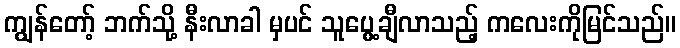
ကျွန်တော့် ဘက်သို့ နီးလာခါ မှပင် သူပွေ့ချီလာသည့် ကလေးကိုမြင်သည်။